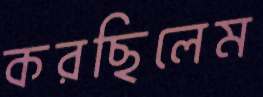
করছিলেম